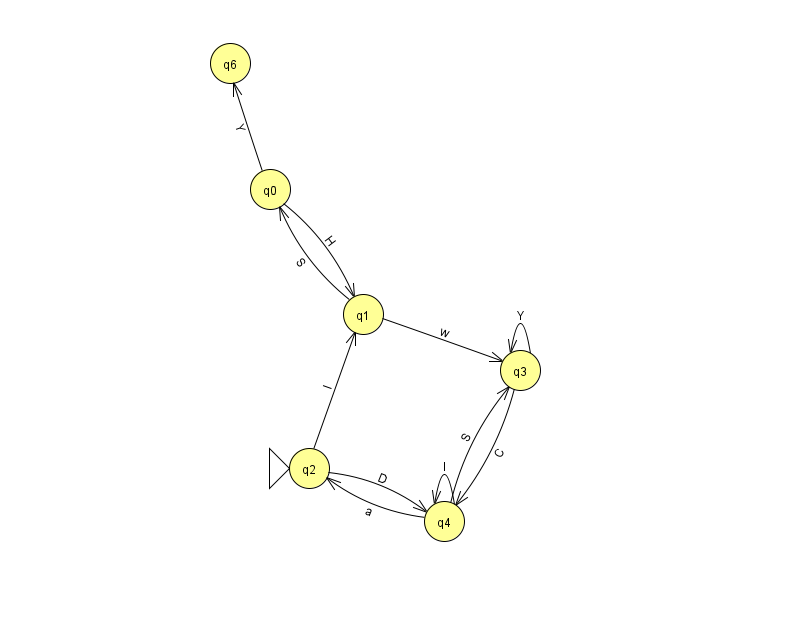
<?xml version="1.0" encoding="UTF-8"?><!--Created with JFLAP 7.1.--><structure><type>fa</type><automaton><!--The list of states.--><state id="0" name="q0"><x>270.0</x><y>176.0</y></state><state id="1" name="q1"><x>363.0</x><y>301.0</y></state><state id="2" name="q2"><x>309.0</x><y>455.0</y><initial/></state><state id="3" name="q3"><x>520.0</x><y>357.0</y></state><state id="4" name="q4"><x>444.0</x><y>508.0</y></state><state id="6" name="q6"><x>230.0</x><y>50.0</y></state><!--The list of transitions.--><transition><from>3</from><to>4</to><read>C</read></transition><transition><from>4</from><to>3</to><read>S</read></transition><transition><from>2</from><to>1</to><read>I</read></transition><transition><from>4</from><to>2</to><read>a</read></transition><transition><from>0</from><to>6</to><read>Y</read></transition><transition><from>1</from><to>0</to><read>S</read></transition><transition><from>2</from><to>4</to><read>D</read></transition><transition><from>3</from><to>3</to><read>Y</read></transition><transition><from>4</from><to>4</to><read>I</read></transition><transition><from>1</from><to>3</to><read>w</read></transition><transition><from>0</from><to>1</to><read>H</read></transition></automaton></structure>